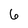
Character: 6